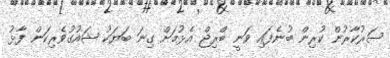
ސަރުކާރުން ކުރިން ބުނެފައި ވަނީ ބްރިޖް އެޅުމަށް ގިނަ ބަޔަކު ޝައުގުވެރިކަން ފާޅު